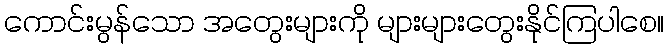
ကောင်းမွန်သော အတွေးများကို များများတွေးနိုင်ကြပါစေ။